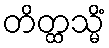
တိတ္ထသ္မိံ